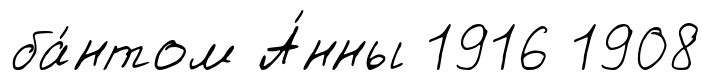
ба́нтом А́нны 1916 1908